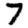
Digit: 7